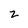
Character: Z